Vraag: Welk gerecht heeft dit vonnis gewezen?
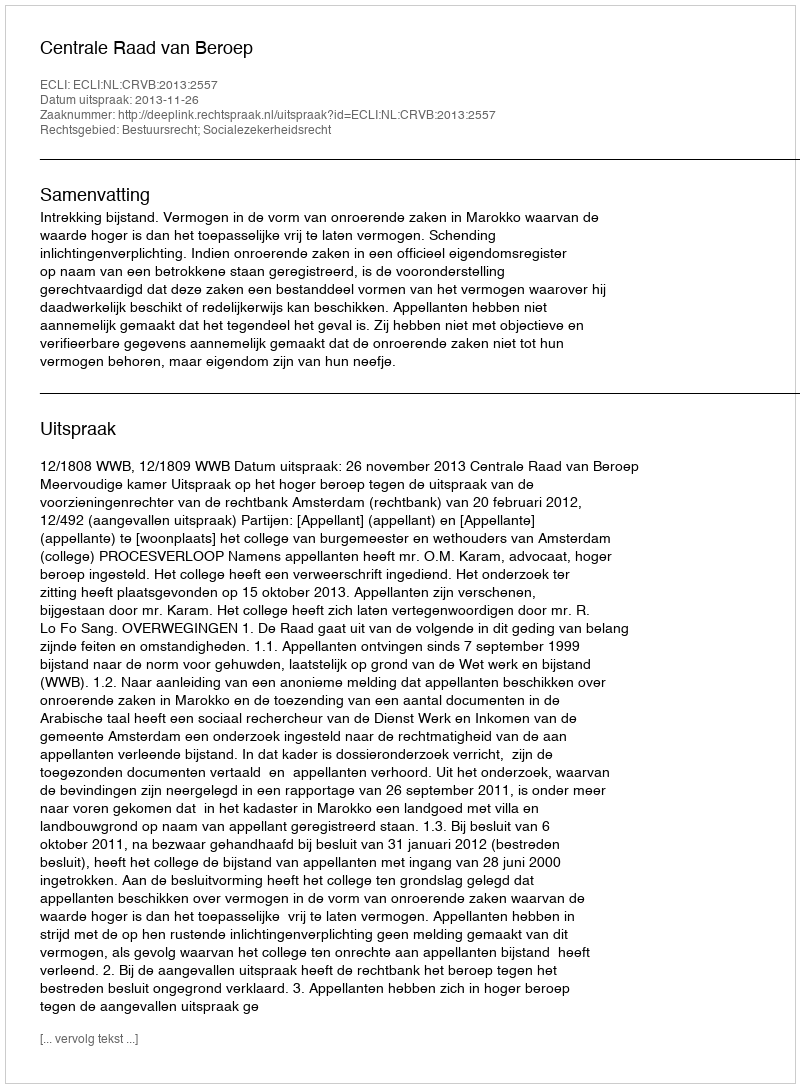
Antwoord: Centrale Raad van Beroep